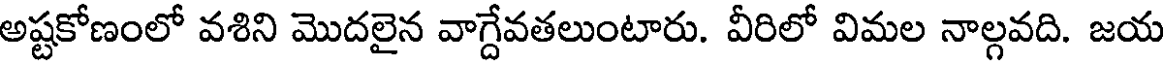
అష్టకోణంలో వశిని మొదలైన వాగ్దేవతలుంటారు. వీరిలో విమల నాల్గవది. జయ